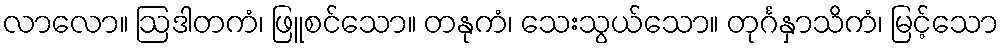
လာလော။ ဩဒါတကံ၊ ဖြူစင်သော။ တနုကံ၊ သေးသွယ်သော။ တုင်္ဂနှာသိကံ၊ မြင့်သော